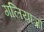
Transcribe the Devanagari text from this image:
गलियाज़ो